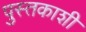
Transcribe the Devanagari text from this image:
पुस्तकाशी